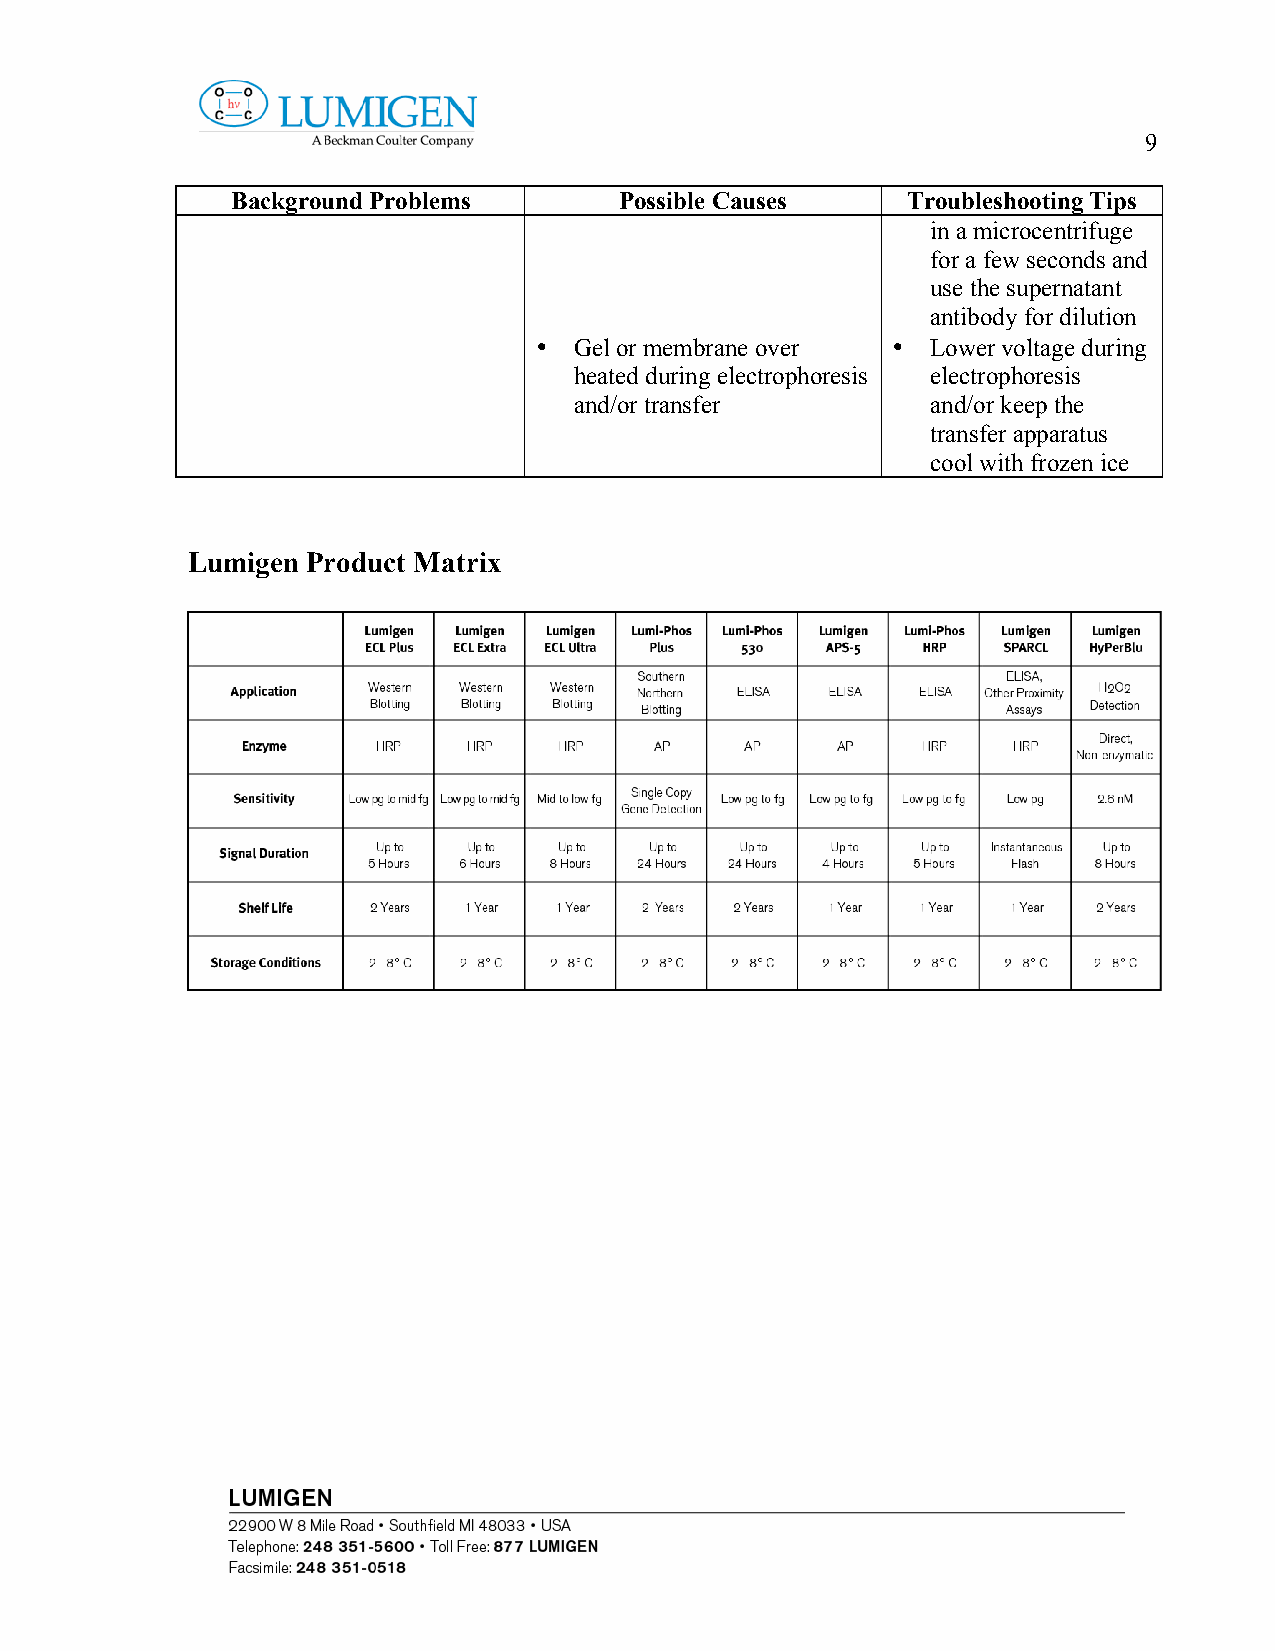
9
 Background Problems       Possible Causes    Troubleshooting Tips
 in a microcentrifuge
 for a few seconds and
 use the supernatant
 antibody for dilution
 •  Gel or membrane over •  Lower voltage during
 heated during electrophoresis electrophoresis
 and/or transfer         and/or keep the
 transfer apparatus
 cool with frozen ice
 Lumigen Product Matrix